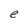
Character: e